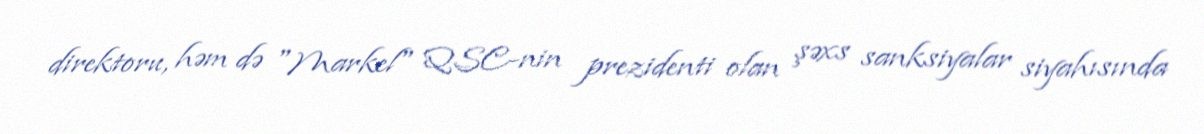
direktoru, həm də "Markel" QSC-nin prezidenti olan şəxs sanksiyalar siyahısında